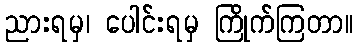
ညားရမှ၊ ပေါင်းရမှ ကြိုက်ကြတာ။